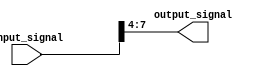
module part_select_example(
    input [7:0] input_signal, // 8-bit input signal
    output [3:0] output_signal // 4-bit output signal
);

assign output_signal = input_signal[7:4]; // Assign bits 7 to 4 from input_signal to output_signal

endmodule